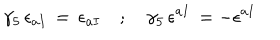
LaTeX: \gamma _ { 5 } \, \epsilon _ { a I } \, = \, \epsilon _ { a I } \quad ; \quad \gamma _ { 5 } \, \epsilon ^ { a I } \, = - \epsilon ^ { a I }